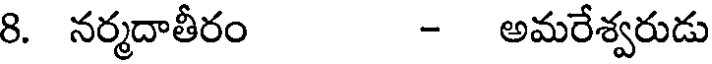
8. నర్మదాతీరం - అమరేశ్వరుడు